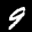
Label: 9